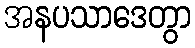
အနပသာဒေတွာ